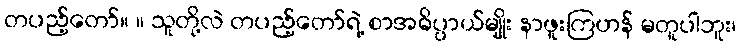
တပည့်တော်။ ။ သူတို့လဲ တပည့်တော်ရဲ့ စာအဓိပ္ပာယ်မျိုး နာဖူးကြဟန် မတူပါဘူး၊